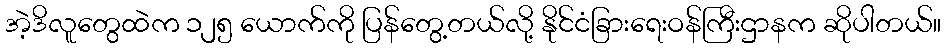
အဲ့ဒိလူတွေထဲက ၁၂၅ ယောက်ကို ပြန်တွေ့တယ်လို့ နိုင်ငံခြားရေးဝန်ကြီးဌာနက ဆိုပါတယ်။